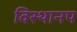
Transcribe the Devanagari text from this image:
विस्थानप